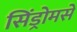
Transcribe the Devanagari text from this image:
सिंड्रोमसे